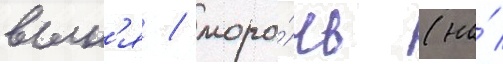
вын'я / моро́чь (на́